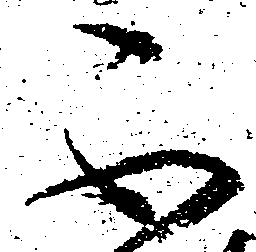
不